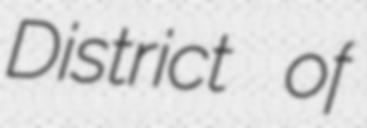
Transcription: District of